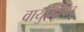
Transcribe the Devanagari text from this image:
वायुप्रदूषित